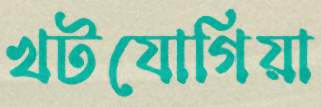
খটযোগিয়া